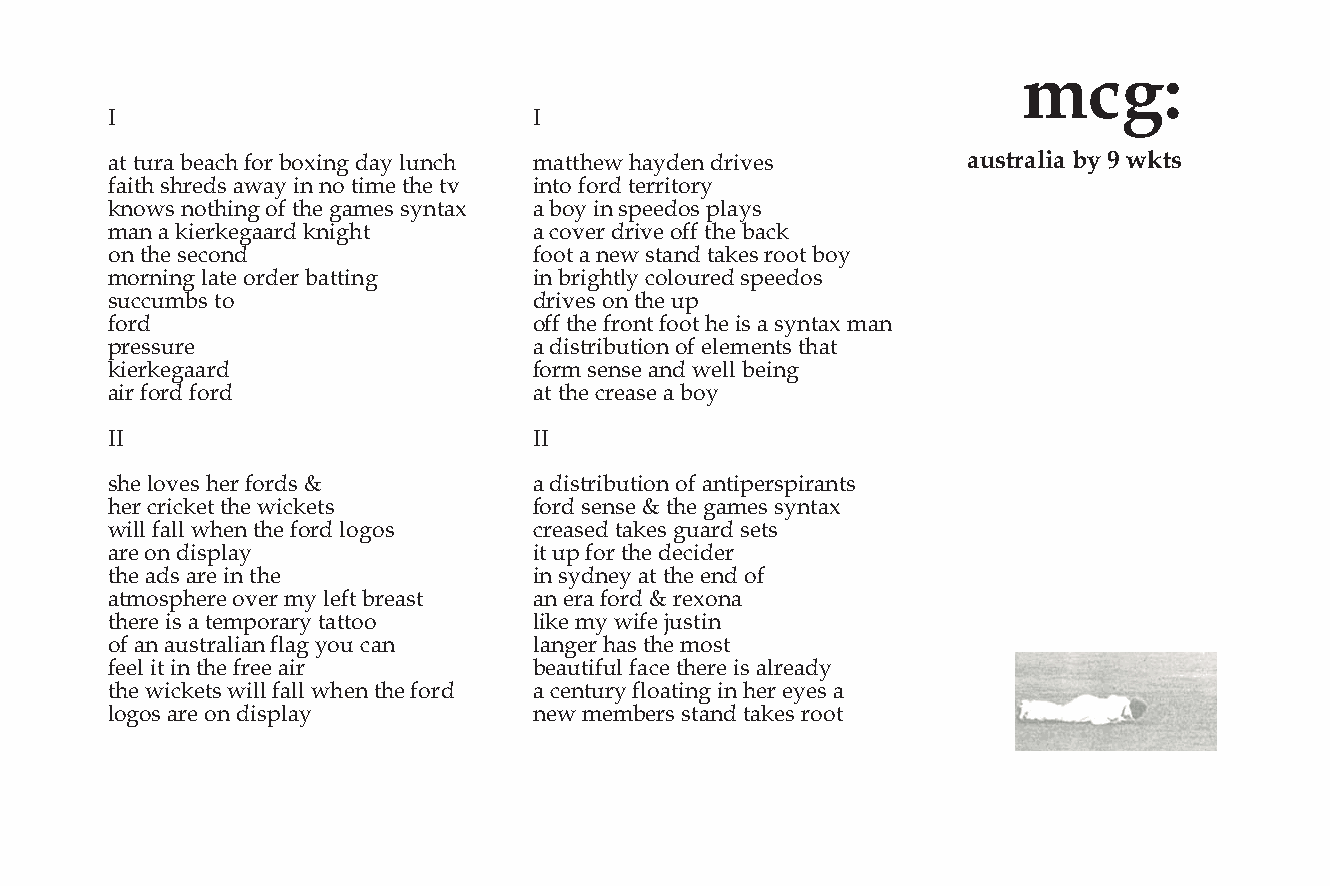
!"#$
 !                           !
 "#$#%&"$’(")*$+,&$’,-./0$1"2$3%/)* 6"##*(5$*"21(/$1&.7(4 %&’()%*+%,-.,/,01(’
 +".#*$4*&(14$"5"2$./$/,$#.6($#*($#7 ./#,$+,&1$#(&&.#,&2
 8/,54$/,#*./0$,+$#*($0"6(4$42/#"- "$’,2$./$49((1,4$93"24
 6"/$"$8.(&8(0""&1$8/.0*#    "$),7(&$1&.7($,++$#*($’")8
 ,/$#*($4(),/1               +,,#$"$/(5$4#"/1$#"8(4$&,,#$’,2
 6,&/./0$3"#($,&1(&$’"##./0  ./$’&.0*#32$),3,%&(1$49((1,4
 4%))%6’4$#,                 1&.7(4$,/$#*($%9
 +,&1                        ,++$#*($+&,/#$+,,#$*($.4$"$42/#"-$6"/
 9&(44%&(                    "$1.4#&.’%#.,/$,+$(3(6(/#4$#*"#
 8.(&8(0""&1                 +,&6$4(/4($"/1$5(33$’(./0
 ".&$+,&1$+,&1               "#$#*($)&("4($"$’,2
 !!                          !!
 4*($3,7(4$*(&$+,&14$:       "$1.4#&.’%#.,/$,+$"/#.9(&49.&"/#4
 *(&$)&.)8(#$#*($5.)8(#4     +,&1$4(/4($:$#*($0"6(4$42/#"-
 5.33$+"33$5*(/$#*($+,&1$3,0,4 )&("4(1$#"8(4$0%"&1$4(#4
 "&($,/$1.493"2              .#$%9$+,&$#*($1().1(&
 #*($"14$"&($./$#*(          ./$421/(2$"#$#*($(/1$,+
 "#6,49*(&($,7(&$62$3(+#$’&("4#$ "/$(&"$+,&1$:$&(-,/"
 #*(&($.4$"$#(69,&"&2$#"##,, 3.8($62$5.+($;%4#./
 ,+$"/$"%4#&"3."/$+3"0$2,%$)"/ 3"/0(&$*"4$#*($6,4#
 +((3$.#$./$#*($+&(($".&     ’("%#.+%3$+")($#*(&($.4$"3&("12
 #*($5.)8(#4$5.33$+"33$5*(/$#*($+,&1 "$)(/#%&2$+3,"#./0$./$*(&$(2(4$"
 3,0,4$"&($,/$1.493"2        /(5$6(6’(&4$4#"/1$#"8(4$&,,#